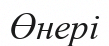
Өнері